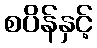
စပိန်နှင့်